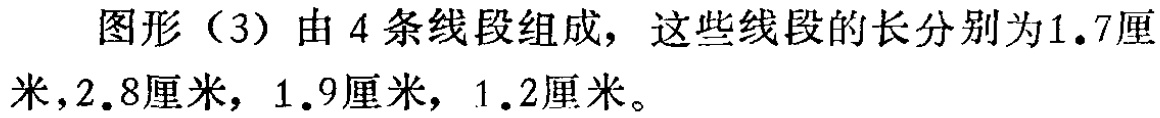
图形（3）由 4 条线段组成，这些线段的长分别为1.7厘米，2.8厘米，1.9厘米，1.2厘米。